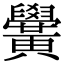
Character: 黌